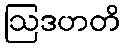
ဩဒဟတိ